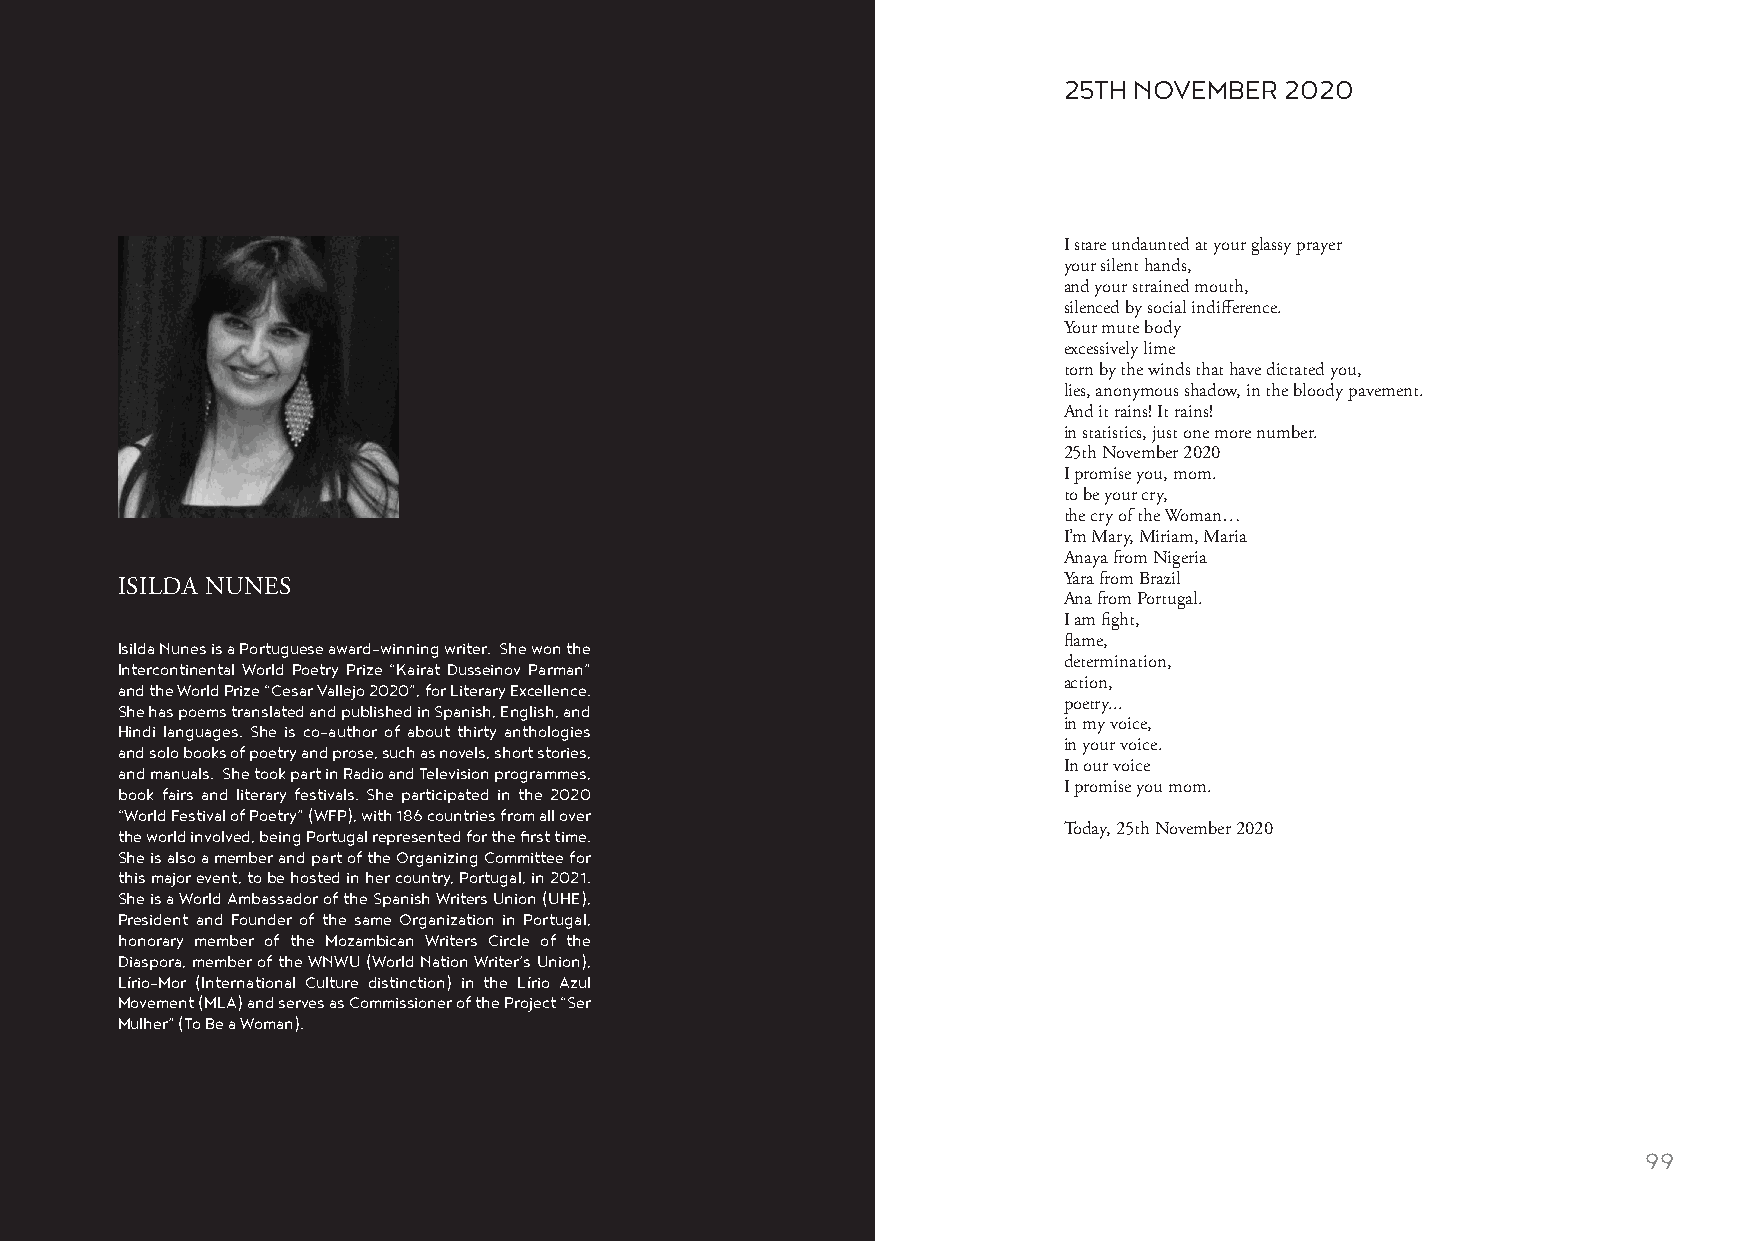
25TH NOVEMBER  2020
 I stare undaunted at your glassy prayer
 your silent hands,
 and your strained mouth,
 silenced by social indifference.
 Your mute body
 excessively lime
 torn by the winds that have dictated you,
 lies, anonymous shadow, in the bloody pavement.
 And it rains! It rains!
 in statistics, just one more number.
 25th November 2020
 I promise you, mom.
 to be your cry,
 the cry of the Woman…
 I’m Mary, Miriam, Maria
 Anaya from Nigeria
 Yara from Brazil
 ISILDA NUNES
 Ana from Portugal.
 I am fight,
 Isilda Nunes is a Portuguese award-winning writer. She won the flame,
 Intercontinental World Poetry Prize “Kairat Dusseinov Parman” determination,
 and the World Prize “Cesar Vallejo 2020”, for Literary Excellence. action,
 She has poems translated and published in Spanish, English, and poetry...
 Hindi languages. She is co-author of about thirty anthologies in my voice,
 and solo books of poetry and prose, such as novels, short stories, in your voice.
 and manuals. She took part in Radio and Television programmes, In our voice
 book fairs and literary festivals. She participated in the 2020 I promise you mom.
 “World Festival of Poetry” (WFP), with 186 countries from all over
 the world involved, being Portugal represented for the first time. Today, 25th November 2020
 She is also a member and part of the Organizing Committee for
 this major event, to be hosted in her country, Portugal, in 2021.
 She is a World Ambassador of the Spanish Writers Union (UHE),
 President and Founder of the same Organization in Portugal,
 honorary member of the Mozambican Writers Circle of the
 Diaspora, member of the WNWU (World Nation Writer’s Union),
 Lírio-Mor (International Culture distinction) in the Lírio Azul
 Movement (MLA) and serves as Commissioner of the Project “Ser
 Mulher” (To Be a Woman).
 98                                                                                                      99